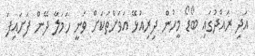
އަދި ރައްދުގައި ބޯޑޯ މީހުން ދިރިއުޅޭ އަވަށްތަކަށް ވަނީ ހަމަލާ ދޭން ފަށައިފަ